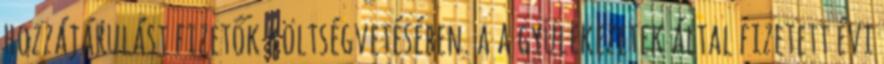
hozzájárulást fizetők költségvetésében. a a gyülekezetek által fizetett évi